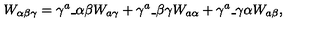
W _ { \alpha \beta \gamma } = \gamma ^ { a } \_ { \alpha \beta } W _ { a \gamma } + \gamma ^ { a } \_ { \beta \gamma } W _ { a \alpha } + \gamma ^ { a } \_ { \gamma \alpha } W _ { a \beta } ,